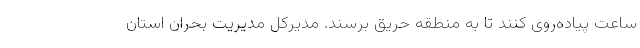
ساعت پیاده‌روی کنند تا به منطقه حریق برسند. مدیرکل مدیریت بحران استان